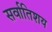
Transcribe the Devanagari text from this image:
सर्वातिशय